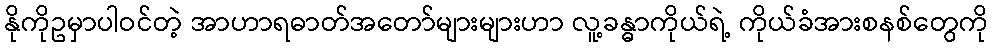
နိုကိုဥမှာပါဝင်တဲ့ အာဟာရဓာတ်အတော်များများဟာ လူ့ခန္ဓာကိုယ်ရဲ့ ကိုယ်ခံအားစနစ်တွေကို